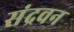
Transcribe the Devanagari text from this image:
संद्रवन